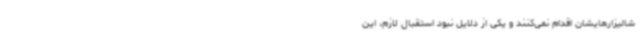
شالیزارهایشان اقدام نمی‌کنند و یکی از دلایل نبود استقبال لازم، این